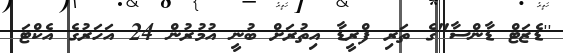
''ޑެޒަޓް ޑާންސާ"ގެ ތަރި ފްރީޑާ އިތުރަށް ބުނީ އުމުރުން 24 އަހަރުގެ އެކްޓަ